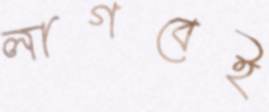
লাগবেই